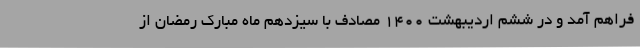
فراهم آمد و در ششم اردیبهشت ۱۴۰۰ مصادف با سیزدهم ماه مبارک رمضان از